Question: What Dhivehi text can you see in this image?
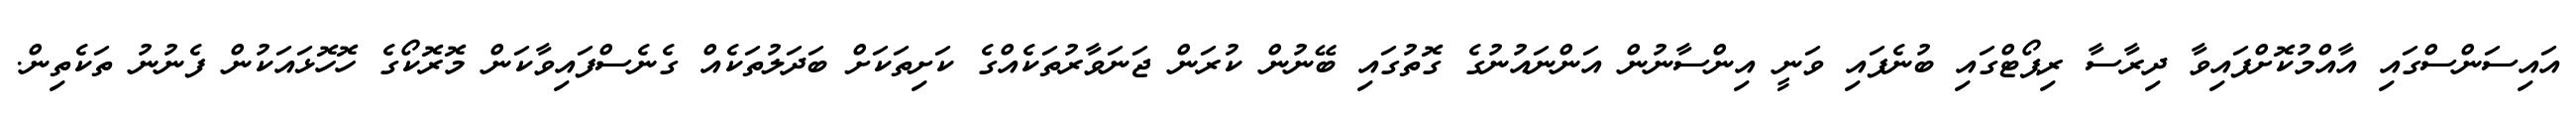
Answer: އައިސަންސްގައި އާއްމުކޮށްފައިވާ ދިރާސާ ރިޕޯޓްގައި ބުނެފައި ވަނީ އިންސާނުން އަންނައުނުގެ ގޮތުގައި ބޭނުން ކުރަން ޖަނަވާރުތަކެއްގެ ކަށިތަކަށް ބަދަލުތަކެއް ގެނެސްފައިވާކަން މޮރޮކޯގެ ހޮހޮޅައަކުން ފެނުނު ތަކެތިން.